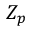
Z _ { p }